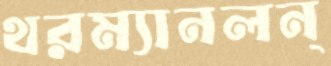
থরম্যানলন্